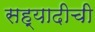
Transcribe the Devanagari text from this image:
सह्यादीची